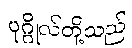
ပုဂ္ဂိုလ်တို့သည်